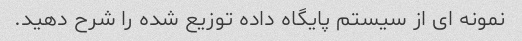
نمونه ای از سیستم پایگاه داده توزیع شده را شرح دهید.